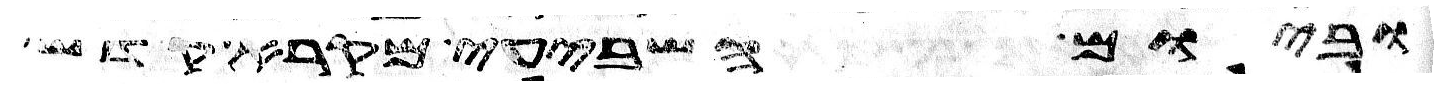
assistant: וביום השביעי מקרא קדש